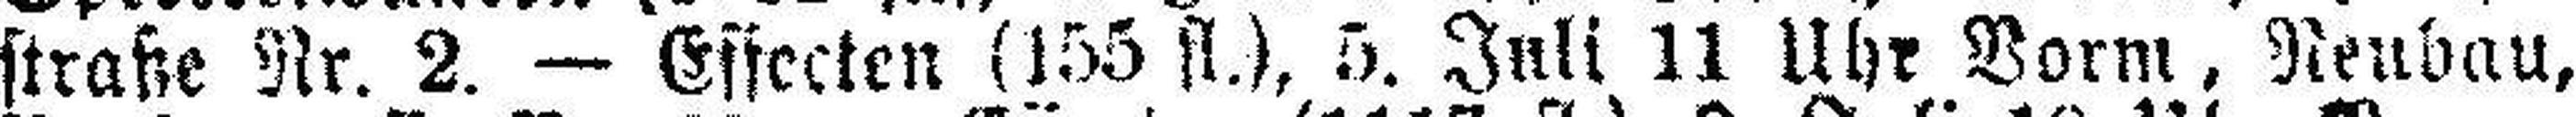
straße Nr. 2. — Effecten (155 fl.), 5. Juli 11 Uhr Vorm, Neubau,